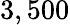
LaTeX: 3,500